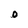
Character: O